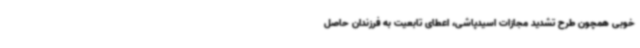
خوبی همچون طرح تشدید مجازات اسیدپاشی، اعطای تابعیت به فرزندان حاصل